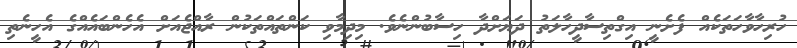
ހުރިހާވާހަތަކެއް ފެށެނީ އިގްތިސާދީހާލަތު ދަޔަށްދާ ހިސާބުންނެވެ. މިދިމާވި ކަންތައްތަކުން ރާއްޖެއަށް އެހެންބައެއްގެ އެހީނެތި